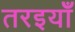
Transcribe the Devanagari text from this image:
तरइयाँ